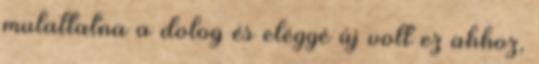
mulattatna a dolog és eléggé új volt ez ahhoz,